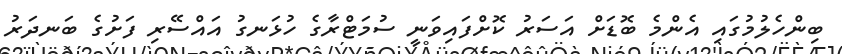
ބިންހެލުމުގައި އެންމެ ބޮޑަށް އަސަރު ކޮށްފައިވަނީ ސުމަޓްރާގެ ހުޅަނގު އައްސޭރި ފަށުގެ ބަނދަރު